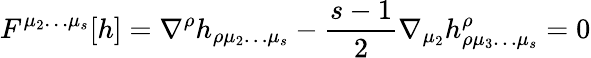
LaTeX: F^{\mu_{2}\ldots\mu_{s}}[h]=\nabla^{\rho}h_{\rho\mu_{2}\ldots\mu_{s}}-{\frac{s-1}{2}}\nabla_{\mu_{2}}h_{\rho\mu_{3}\ldots\mu_{s}}^{\rho}=0